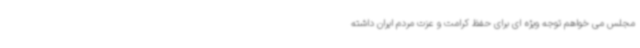
مجلس می خواهم توجه ویژه ای برای حفظ کرامت و عزت مردم ایران داشته